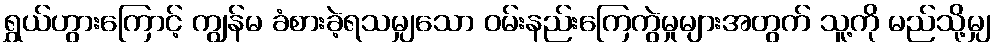
ရွှယ်ဟွားကြောင့် ကျွန်မ ခံစားခဲ့ရသမျှသော ဝမ်းနည်းကြေကွဲမှုများအတွက် သူ့ကို မည်သို့မျှ